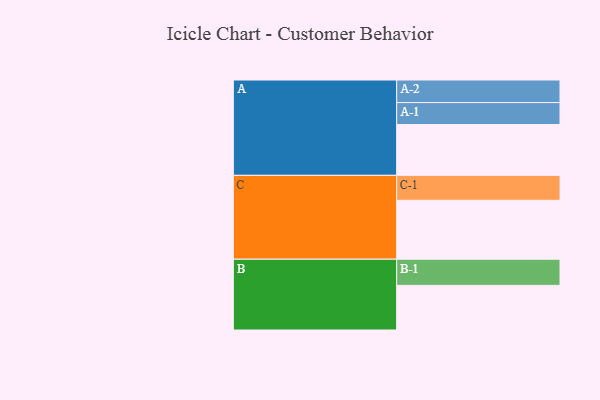
{"axis": {"x": "Segment", "y": "Value"}, "legend": ["", "A", "B", "C"], "data": [{"x": "A", "y": 385, "type": ""}, {"x": "B", "y": 338, "type": ""}, {"x": "C", "y": 446, "type": ""}, {"x": "A-1", "y": 166, "type": "A"}, {"x": "A-2", "y": 171, "type": "A"}, {"x": "B-1", "y": 198, "type": "B"}, {"x": "C-1", "y": 189, "type": "C"}]}